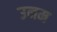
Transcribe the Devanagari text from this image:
उनम